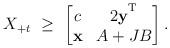
LaTeX: \begin{align*}X_{+t} \ \geq \ \begin{bmatrix}c & 2\mathbf{y}^{\textsuperscript{T}} \\\mathbf{x} & A+JB\end{bmatrix}.\end{align*}